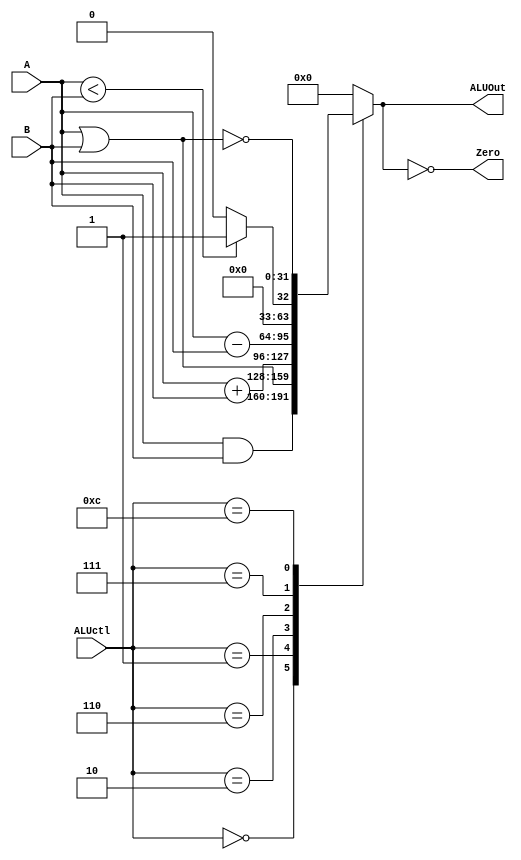
module ula(ALUctl, A, B, ALUOut, Zero);
	input [3:0] ALUctl;
	input [31:0] A,B;
	output reg [31:0] ALUOut;
	output Zero;
	assign Zero = (ALUOut==0); // Zero  true se ALUOut  0
	always @(ALUctl, A, B) begin // reavalia se isso mudar
		case (ALUctl)
			0: ALUOut <= A & B; //and
			1: ALUOut <= A | B; //or
			2: ALUOut <= A + B; //adio
			6: ALUOut <= A - B; //subtracao
			7: ALUOut <= A < B ? 1 : 0; //resultado  set-on-less-than
			12: ALUOut <= ~(A | B); // resultado  nor
			default: ALUOut <= 0;
		endcase
	end
endmodule